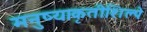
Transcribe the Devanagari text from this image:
मनुष्याकृतीशिल्पे